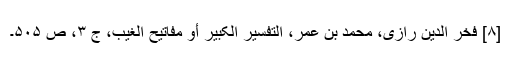
[۸] فخر الدین رازی، محمد بن عمر، التفسیر الکبیر أو مفاتیح الغیب، ج ۳، ص ۵۰۵۔